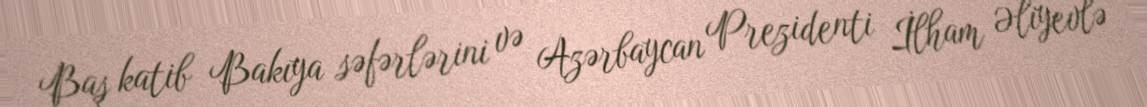
Baş katib Bakıya səfərlərini və Azərbaycan Prezidenti İlham Əliyevlə